Burma Government Medical School reports 1923-41
Year: 1923
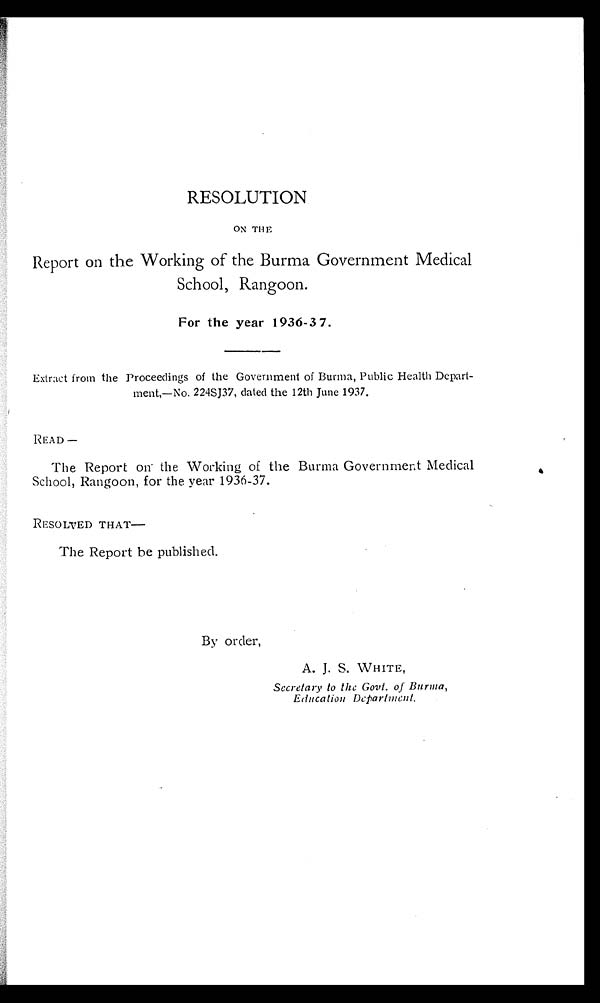
RESOLUTION
ON THE
Report on the Working of the Burma Government Medical
School, Rangoon.
For the year 1936-37.
Extract from the Proceedings of the Government of Burma, Public Health Depart-
ment,—No. 224SJ37, dated the 12th June 1937.
READ—
The Report on the Working of the Burma Government Medical
School, Rangoon, for the year 1936-37.
RESOLVED THAT—
The Report be published.
By order,
A. J. S. WHITE,
Secretary to the Govt. of Burma,
Education Department.